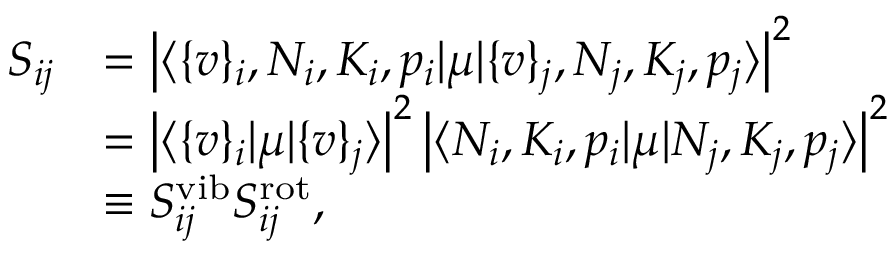
\begin{array} { r l } { S _ { i j } } & { = \left\lvert \langle \{ v \} _ { i } , N _ { i } , K _ { i } , p _ { i } \lvert \mu \lvert \{ v \} _ { j } , N _ { j } , K _ { j } , p _ { j } \rangle \right\lvert ^ { 2 } } \\ & { = \left\lvert \langle \{ v \} _ { i } \lvert \mu \lvert \{ v \} _ { j } \rangle \right\lvert ^ { 2 } \left\lvert \langle N _ { i } , K _ { i } , p _ { i } \lvert \mu \lvert N _ { j } , K _ { j } , p _ { j } \rangle \right\lvert ^ { 2 } } \\ & { \equiv S _ { i j } ^ { \mathrm { v i b } } S _ { i j } ^ { \mathrm { r o t } } , } \end{array}